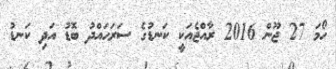
ހޯމަ 27 ޖޫން 2016 ރާއްޖެއަކީ ކަނޑުގެ ސަރަޙައްދު ބޮޑު އަދި ކަނޑު